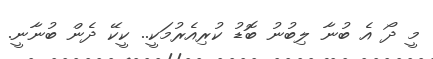
މީ ދޯ އެ ބުނާ ލިބުނު ބޮޑު ކުރިއެރުމަކީ.. ކީކޭ ދެން ބުނާނީ.